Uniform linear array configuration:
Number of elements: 24
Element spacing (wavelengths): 0.25
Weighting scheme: binomial
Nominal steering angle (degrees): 15
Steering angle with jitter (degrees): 15.56
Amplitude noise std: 0.05
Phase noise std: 0.05

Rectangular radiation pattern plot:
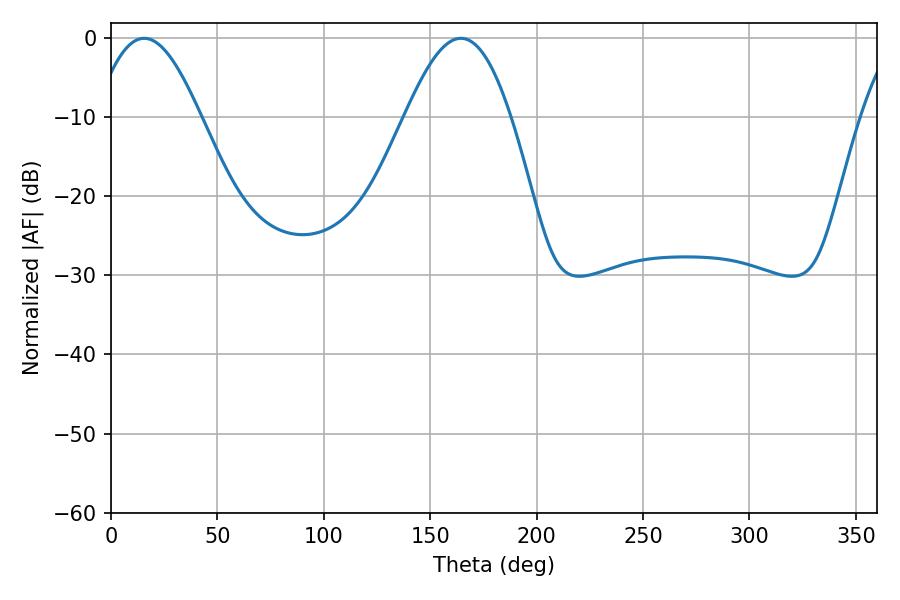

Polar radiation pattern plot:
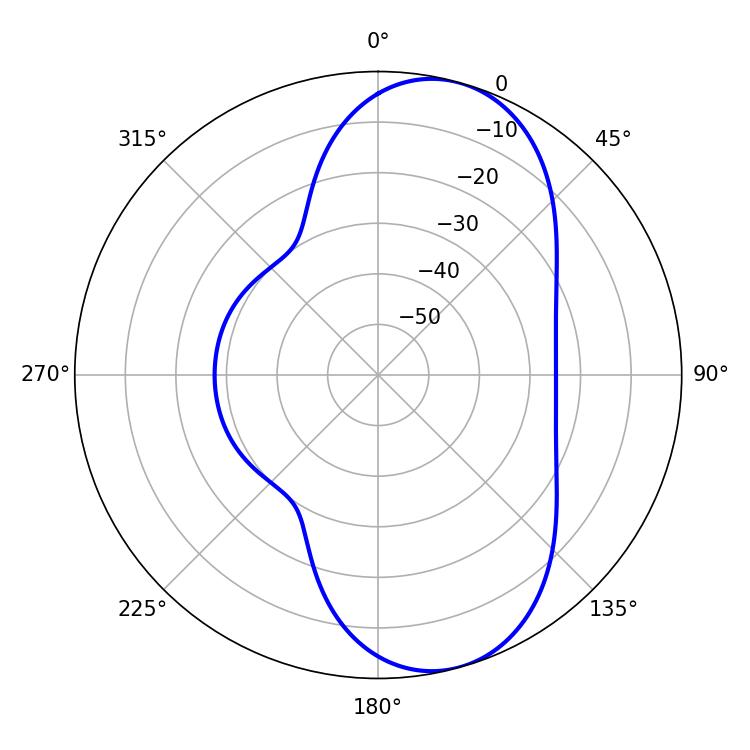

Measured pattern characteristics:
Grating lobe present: FALSE
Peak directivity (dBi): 8.379
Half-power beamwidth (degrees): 26.64
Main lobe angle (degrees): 15.66